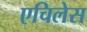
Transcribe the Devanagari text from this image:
एचिलेस